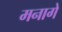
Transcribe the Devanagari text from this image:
मनागे